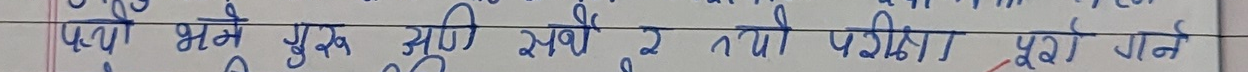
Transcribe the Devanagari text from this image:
पत्र भीन पुस्तक अदि सबै र तयी परीक्षा पूर्ण गर्ने